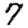
Digit: 7